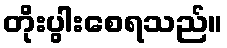
တိုးပွါးစေရသည်။